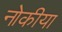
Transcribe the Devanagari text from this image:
नोकीया